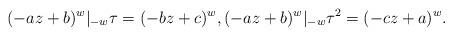
LaTeX: \begin{align*}(-az+b)^w |_{-w} \tau = (-bz+c)^w,(-az+b)^w |_{-w} \tau^2 = (-cz+a)^w.\end{align*}